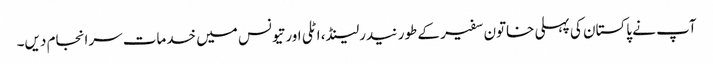
آپ نے پاکستان کی پہلی خاتون سفیر کے طور نیدرلینڈ، اٹلی اور تیونس میں خدمات سرانجام دیں۔